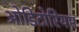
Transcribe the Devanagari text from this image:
ओडिटोरियम